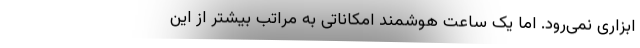
ابزاری نمی‌رود. اما یک ساعت هوشمند امکاناتی به مراتب بیشتر از این